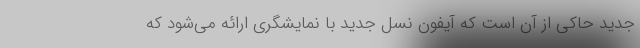
جدید حاکی از آن است که آیفون نسل جدید با نمایشگری ارائه می‌شود که